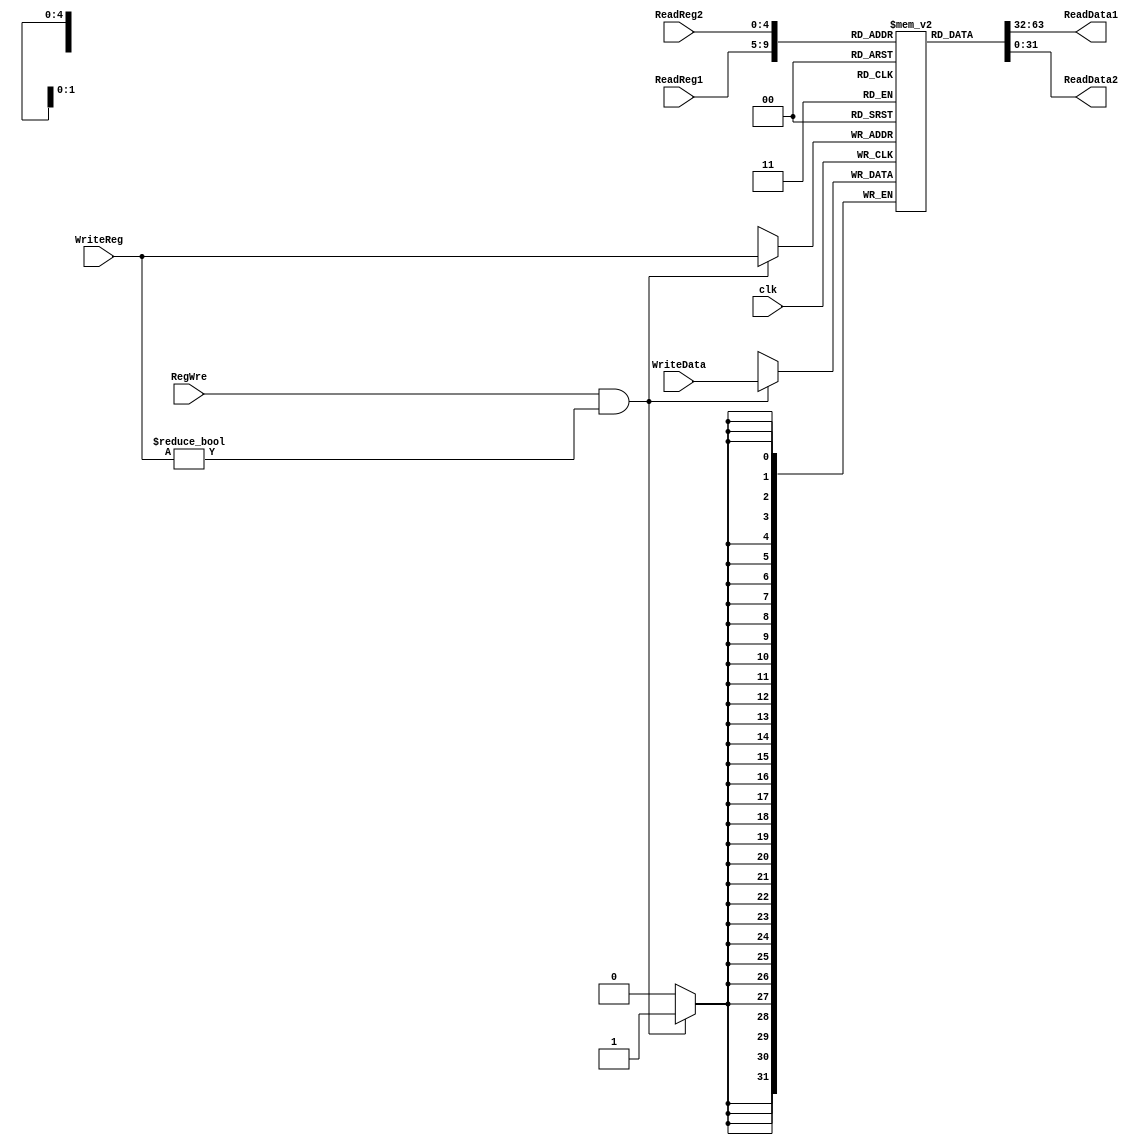
`timescale 1ns / 1ps
//////////////////////////////////////////////////////////////////////////////////
// Company: 
// Engineer: 
// 
// Design Name: 
// Module Name: RegisterFile
// Project Name: 
// Target Devices: 
// Tool Versions: 
// Description: 
// 
// Dependencies: 
// 
// Revision:
// Revision 0.01 - File Created
// Additional Comments:
// 
//////////////////////////////////////////////////////////////////////////////////


module RegisterFile(clk, RegWre, ReadReg1, ReadReg2, WriteReg, WriteData, ReadData1, ReadData2);
    input clk; // 
    input RegWre; // 
    input [4:0] ReadReg1, ReadReg2, WriteReg; // rsrt
    input [31:0] WriteData; // 
    output wire [31:0] ReadData1, ReadData2; // rs rt
    
    reg [31:0] register [0:31]; // 3232
    initial begin // 0
        register[0] = 0; 
    end
    
    always @(posedge clk) begin 
    // 1
        //  0
        if (RegWre && WriteReg != 0) register[WriteReg] <= WriteData;
    end
    assign ReadData1 = register[ReadReg1];
    assign ReadData2 = register[ReadReg2];
endmodule